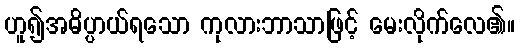
ဟူ၍အဓိပ္ပာယ်ရသော ကုလားဘာသာဖြင့် မေးလိုက်လေ၏။